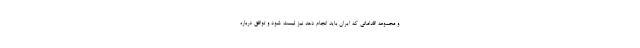
و مجموعه اقداماتی که ایران باید انجام دهد نیز لیست شود و توافق درباره